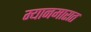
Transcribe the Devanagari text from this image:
म्यानमारात